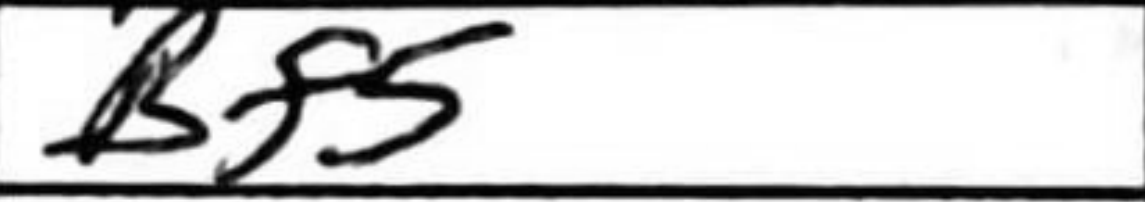
Transcription: Bf5